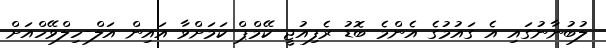
ލުބުނާނުގައި އެ ގައުމުގެ އެންމެ ބޮޑު ރެފިއުޖީ ކޭމްޕް ކަމަށްވާ އައިން އަލް-ހިލްވޭހްއަށް